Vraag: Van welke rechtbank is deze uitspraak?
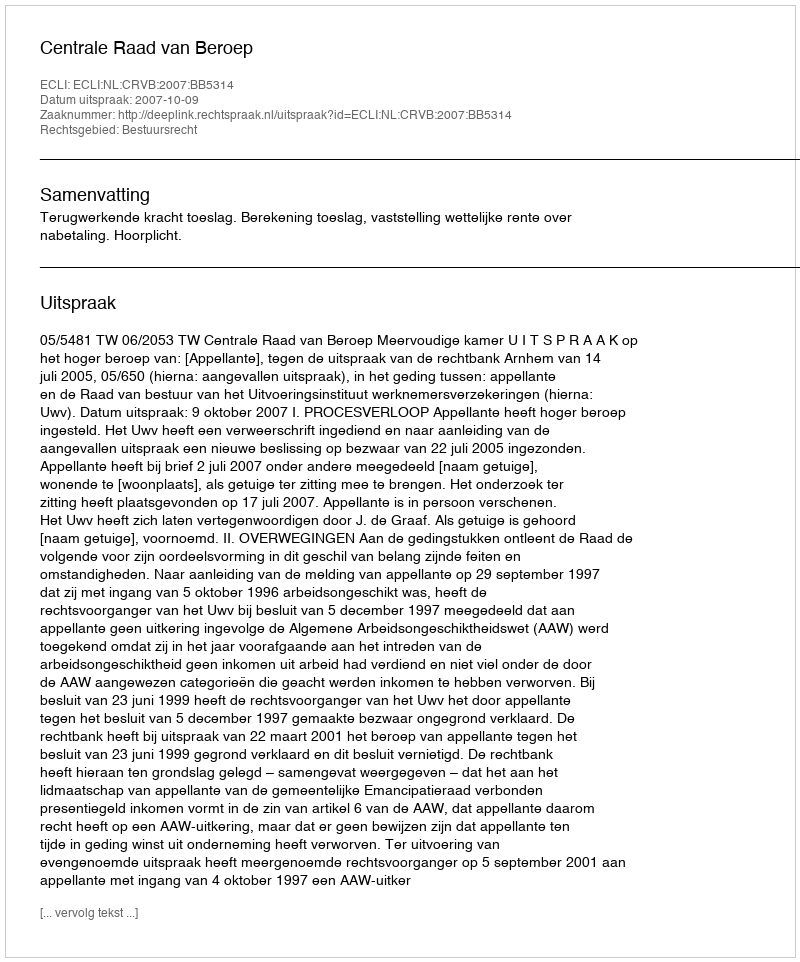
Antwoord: Centrale Raad van Beroep